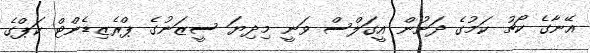
އޭނާގެ ކޯޗު ކަމުގެ ދަށުން އީގަލްސް ވަނީ މިދިޔަ ސީޒަނުގެ ޕްރެޒިޑެންޓް ކަޕްގެ